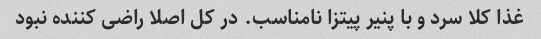
غذا کلا سرد و با پنیر پیتزا نامناسب. در کل اصلا راضی کننده نبود